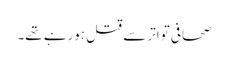
صحافی تواتر سے قتل ہورہے تھے۔